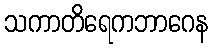
သကာတိရေကဘာဂေန